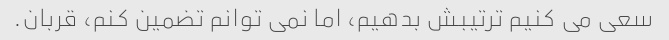
سعی می کنیم ترتیبش بدهیم، اما نمی توانم تضمین کنم، قربان.